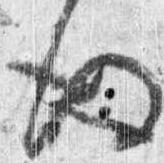
後